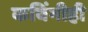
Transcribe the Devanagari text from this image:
कविंनीही